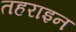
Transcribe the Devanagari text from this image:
तहराइन